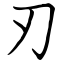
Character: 刃